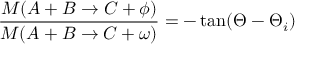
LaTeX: \frac { M ( A + B \rightarrow C + \phi ) } { M ( A + B \rightarrow C + \omega ) } = - \tan ( \Theta - \Theta _ { i } )